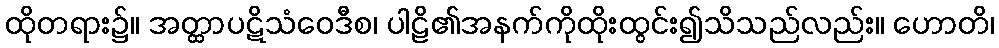
ထိုတရား၌။ အတ္ထာပဋိသံဝေဒီစ၊ ပါဠိ၏အနက်ကိုထိုးထွင်း၍သိသည်လည်း။ ဟောတိ၊